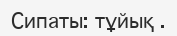
Сипаты: тұйық .